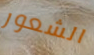
الشعور